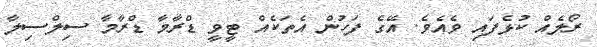
ރޯލެއް ކުޅެފައި ވެއެވެ. އޭގެ ފަހުން އެތަކެއް ޓީވީ ޑްރާމާ ޑްރާމާ ސިލްސިލާ